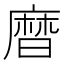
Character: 𪎗